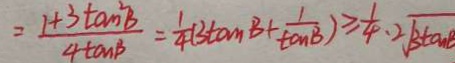
= \frac { 1 + 3 \tan ^ { 2 } B } { 4 \tan B } = \frac { 1 } { 4 } ( 3 \tan B + \frac { 1 } { \tan B } ) \geq \frac { 1 } { 4 } \cdot 2 \sqrt { 3 \tan B }